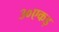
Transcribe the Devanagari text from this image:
३०एकड़